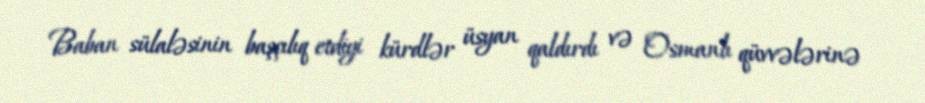
Baban sülaləsinin başçılıq etdiyi kürdlər üsyan qaldırdı və Osmanlı qüvvələrinə